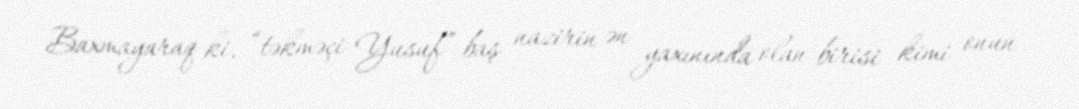
Baxmayaraq ki, “təkməçi Yusuf” baş nazirin ən yaxınında olan birisi kimi onun